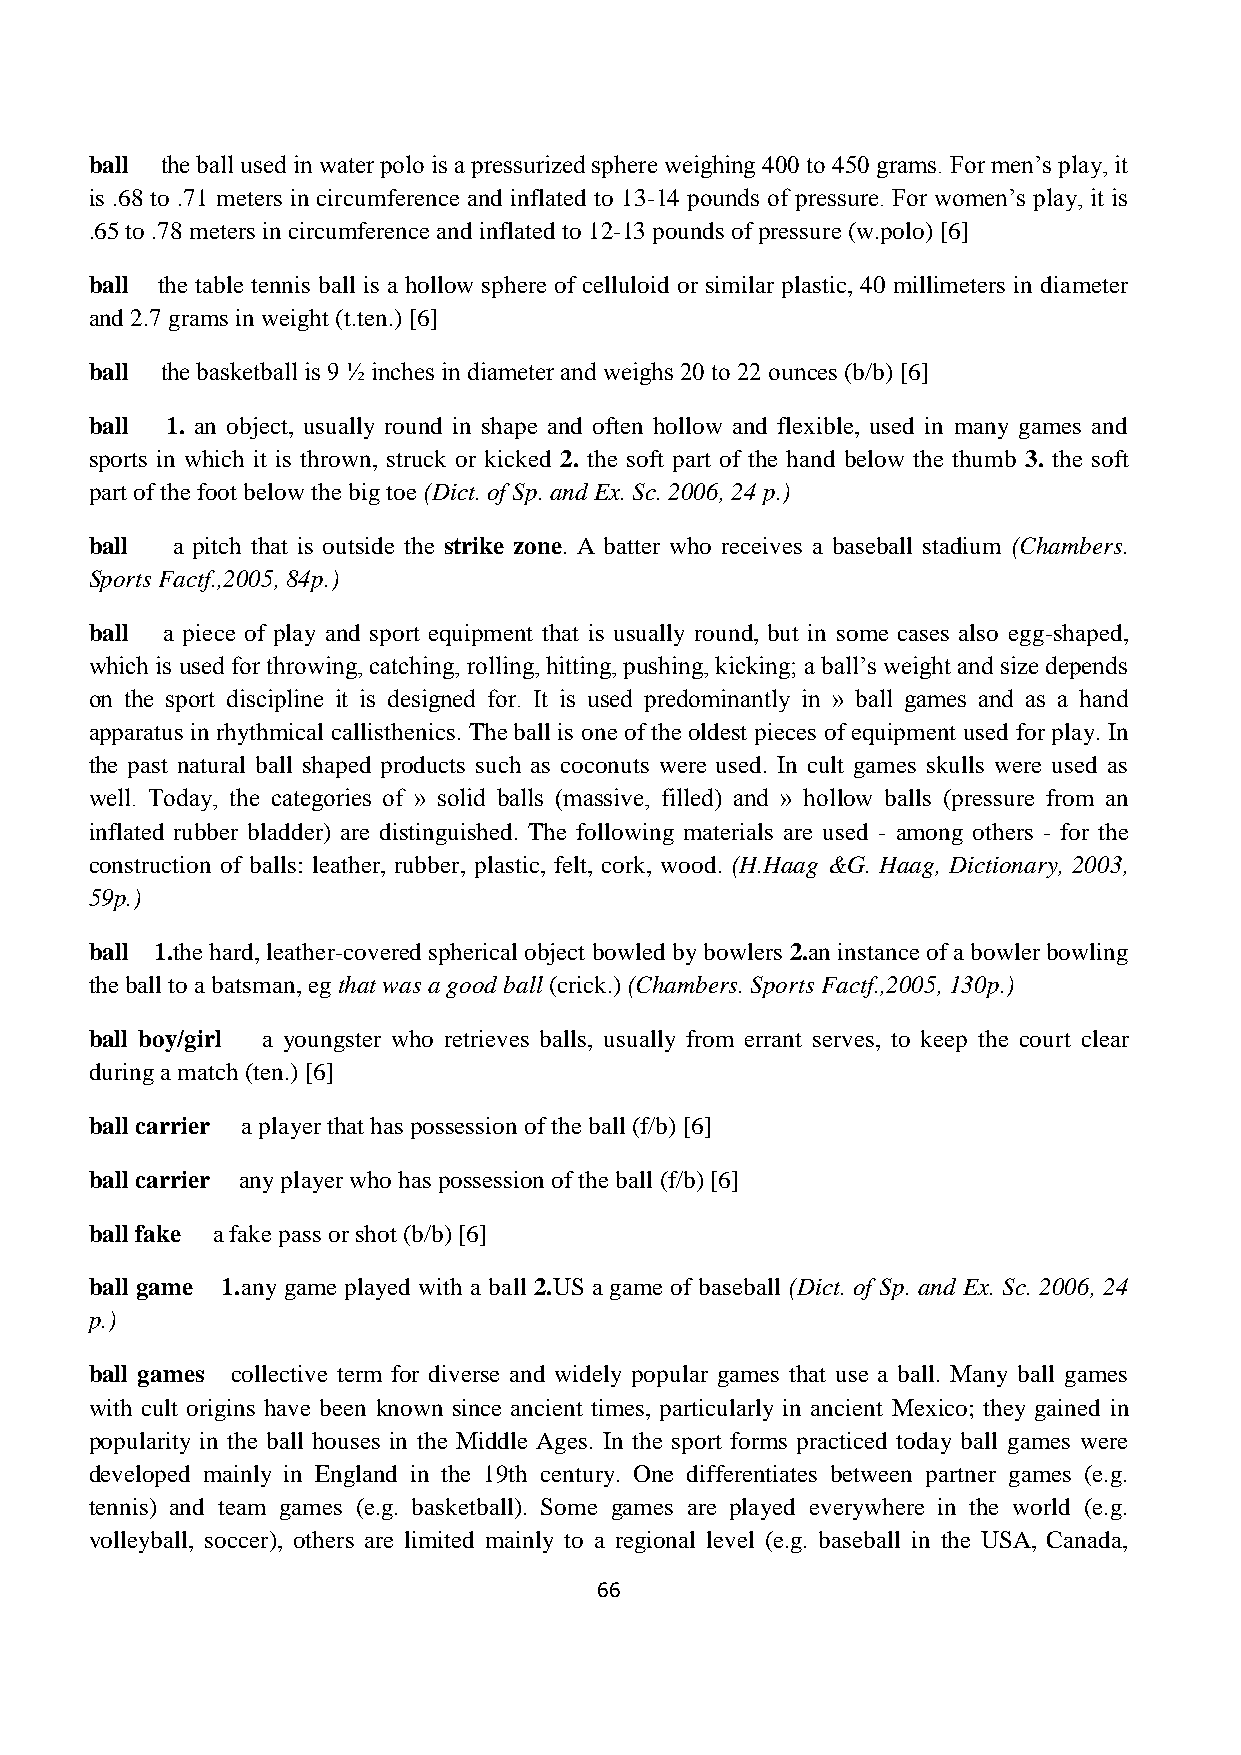
ball the ball used in water polo is a pressurized sphere weighing 400 to 450 grams. For men’s play, it
 is .68 to .71 meters in circumference and inflated to 13-14 pounds of pressure. For women’s play, it is
 .65 to .78 meters in circumference and inflated to 12-13 pounds of pressure (w.polo) [6]
 ball the table tennis ball is a hollow sphere of celluloid or similar plastic, 40 millimeters in diameter
 and 2.7 grams in weight (t.ten.) [6]
 ball the basketball is 9 ½ inches in diameter and weighs 20 to 22 ounces (b/b) [6]
 ball 1. an object, usually round in shape and often hollow and flexible, used in many games and
 sports in which it is thrown, struck or kicked 2. the soft part of the hand below the thumb 3. the soft
 part of the foot below the big toe (Dict. of Sp. and Ex. Sc. 2006, 24 p.)
 ball a pitch that is outside the strike zone. A batter who receives a baseball stadium (Chambers.
 Sports Factf.,2005, 84p.)
 ball a piece of play and sport equipment that is usually round, but in some cases also egg-shaped,
 which is used for throwing, catching, rolling, hitting, pushing, kicking; a ball’s weight and size depends
 on the sport discipline it is designed for. It is used predominantly in » ball games and as a hand
 apparatus in rhythmical callisthenics. The ball is one of the oldest pieces of equipment used for play. In
 the past natural ball shaped products such as coconuts were used. In cult games skulls were used as
 well. Today, the categories of » solid balls (massive, filled) and » hollow balls (pressure from an
 inflated rubber bladder) are distinguished. The following materials are used - among others - for the
 construction of balls: leather, rubber, plastic, felt, cork, wood. (H.Haag &G. Haag, Dictionary, 2003,
 59p.)
 ball 1.the hard, leather-covered spherical object bowled by bowlers 2.an instance of a bowler bowling
 the ball to a batsman, eg that was a good ball (crick.) (Chambers. Sports Factf.,2005, 130p.)
 ball boy/girl a youngster who retrieves balls, usually from errant serves, to keep the court clear
 during a match (ten.) [6]
 ball carrier a player that has possession of the ball (f/b) [6]
 ball carrier any player who has possession of the ball (f/b) [6]
 ball fake a fake pass or shot (b/b) [6]
 ball game 1.any game played with a ball 2.US a game of baseball (Dict. of Sp. and Ex. Sc. 2006, 24
 p.)
 ball games collective term for diverse and widely popular games that use a ball. Many ball games
 with cult origins have been known since ancient times, particularly in ancient Mexico; they gained in
 popularity in the ball houses in the Middle Ages. In the sport forms practiced today ball games were
 developed mainly in England in the 19th century. One differentiates between partner games (e.g.
 tennis) and team games (e.g. basketball). Some games are played everywhere in the world (e.g.
 volleyball, soccer), others are limited mainly to a regional level (e.g. baseball in the USA, Canada,
 66